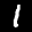
Label: 1